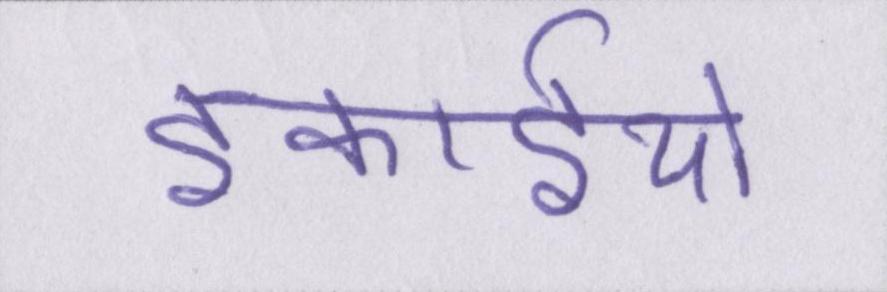
इकाईयों